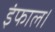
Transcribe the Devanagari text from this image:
इंफाल।